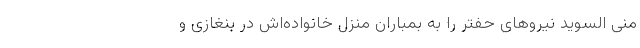
منی السوید نیروهای حفتر را به بمباران منزل خانواده‌اش در بنغازی و